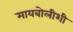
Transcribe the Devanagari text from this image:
मायबोलीशी